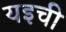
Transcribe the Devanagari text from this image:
यइची